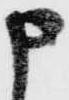
申